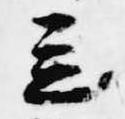
立